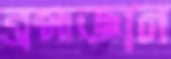
ব্রহ্মজ্ঞান